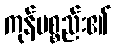
ကုန်ပစ္စည်း၏